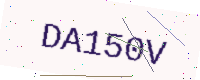
Text: DA150V